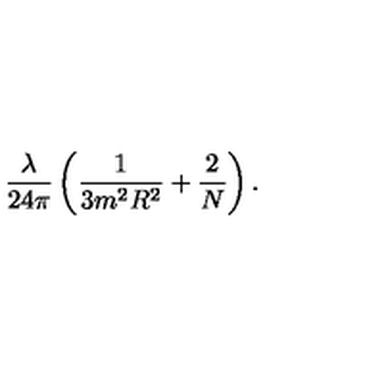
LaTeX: \frac { \lambda } { 2 4 \pi } \left( \frac 1 { 3 m ^ { 2 } R ^ { 2 } } + \frac 2 N \right) \mathrm { . }